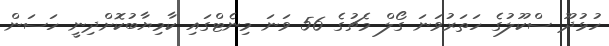
ހުޅުދޫ ސްކޫލުގެ ހަތަރުވަނަ ގޯލް މެޗުގެ 56 ވަނަ މިނެޓްގައި ކާމިޔާބުކޮށްދިނީ ހަސަން